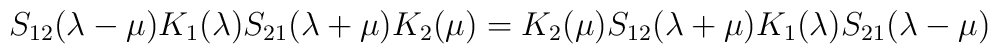
S_{12}(\lambda-\mu)K_1(\lambda)S_{21}(\lambda+\mu)K_2(\mu)=K_2(\mu)S_{12}(\lambda+\mu)K_1(\lambda)S_{21}(\lambda-\mu)